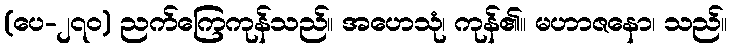
(ပေ-၂၇၀) ညက်ကြေကုန်သည်။ အဟေသုံ၊ ကုန်၏။ မဟာဇနော၊ သည်။